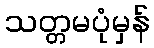
သတ္တမပုံမှန်